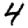
Digit: 4